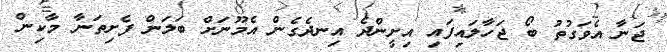
ޖަނާ އެވަގުތު ބޯ ޖަހާލައިފައި އިށީންދެ އިނދެގެން އެމޫނަށް ބަލަން ފެށިތަނާ މާކިން